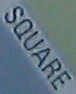
SQUARE